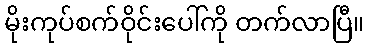
မိုးကုပ်စက်ဝိုင်းပေါ်ကို တက်လာပြီ။